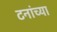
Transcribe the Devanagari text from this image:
टनांच्या